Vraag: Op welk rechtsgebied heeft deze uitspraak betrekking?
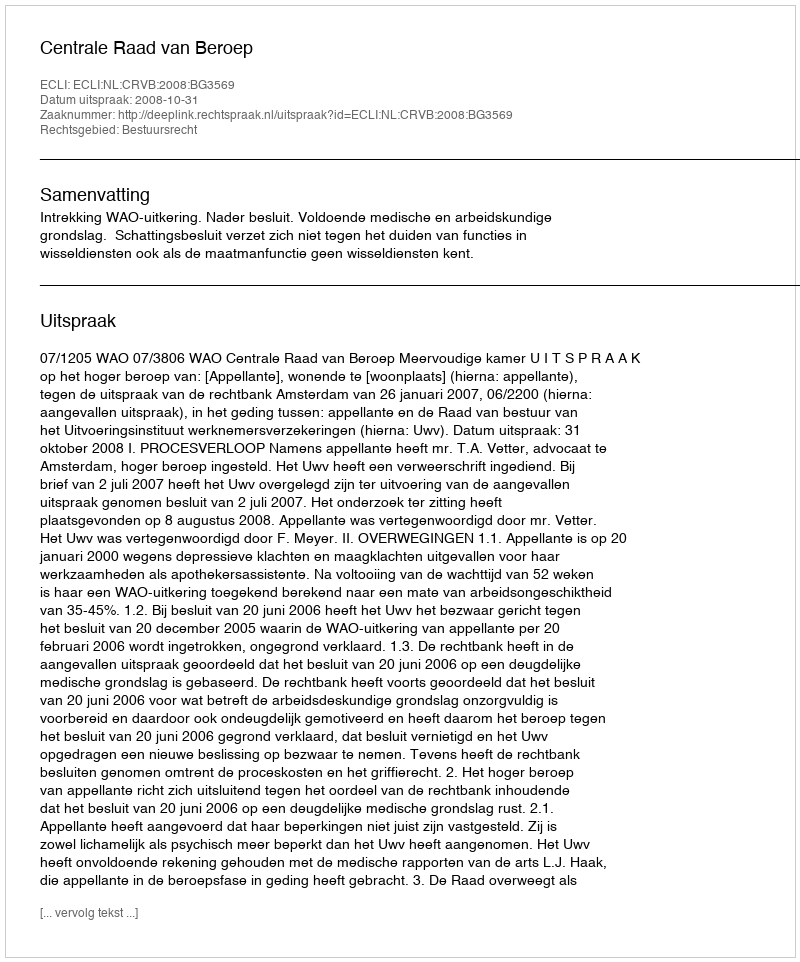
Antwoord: Bestuursrecht